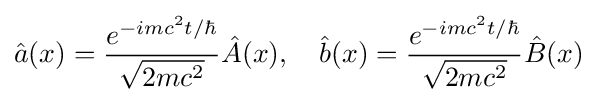
{\hat {a}}(x)={\frac {e^{-imc^{2}t/\hbar }}{\sqrt {2mc^{2}}}}{\hat {A}}(x),\quad {\hat {b}}(x)={\frac {e^{-imc^{2}t/\hbar }}{\sqrt {2mc^{2}}}}{\hat {B}}(x)